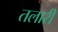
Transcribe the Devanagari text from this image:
तलारी